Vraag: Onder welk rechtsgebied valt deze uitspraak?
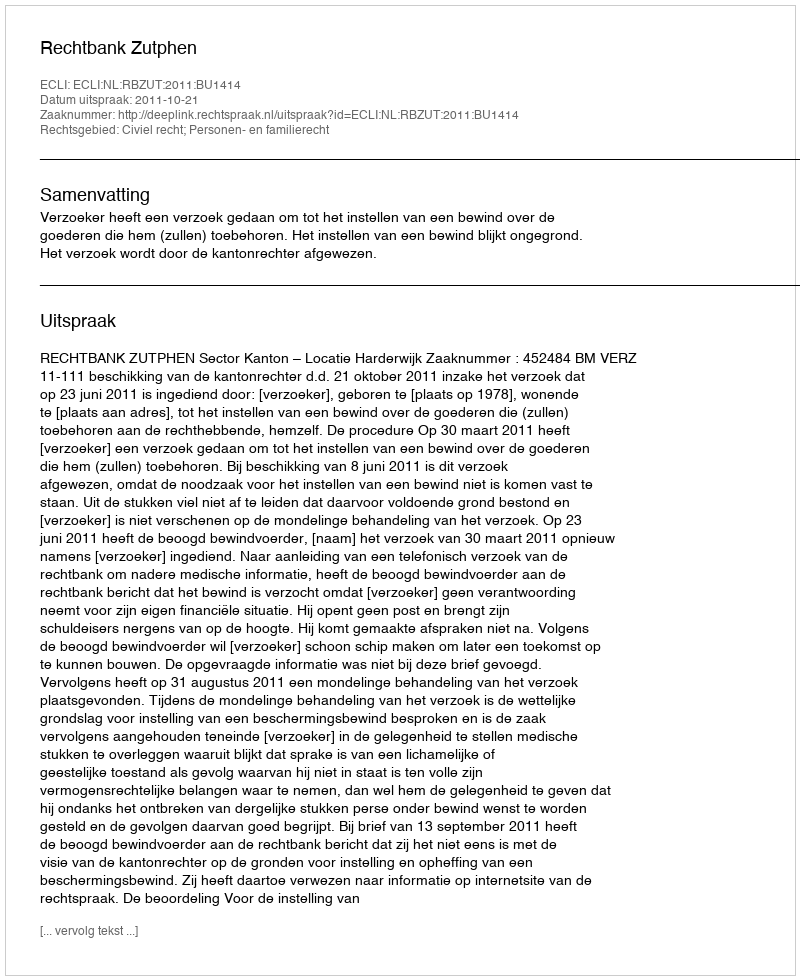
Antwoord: Civiel recht; Personen- en familierecht